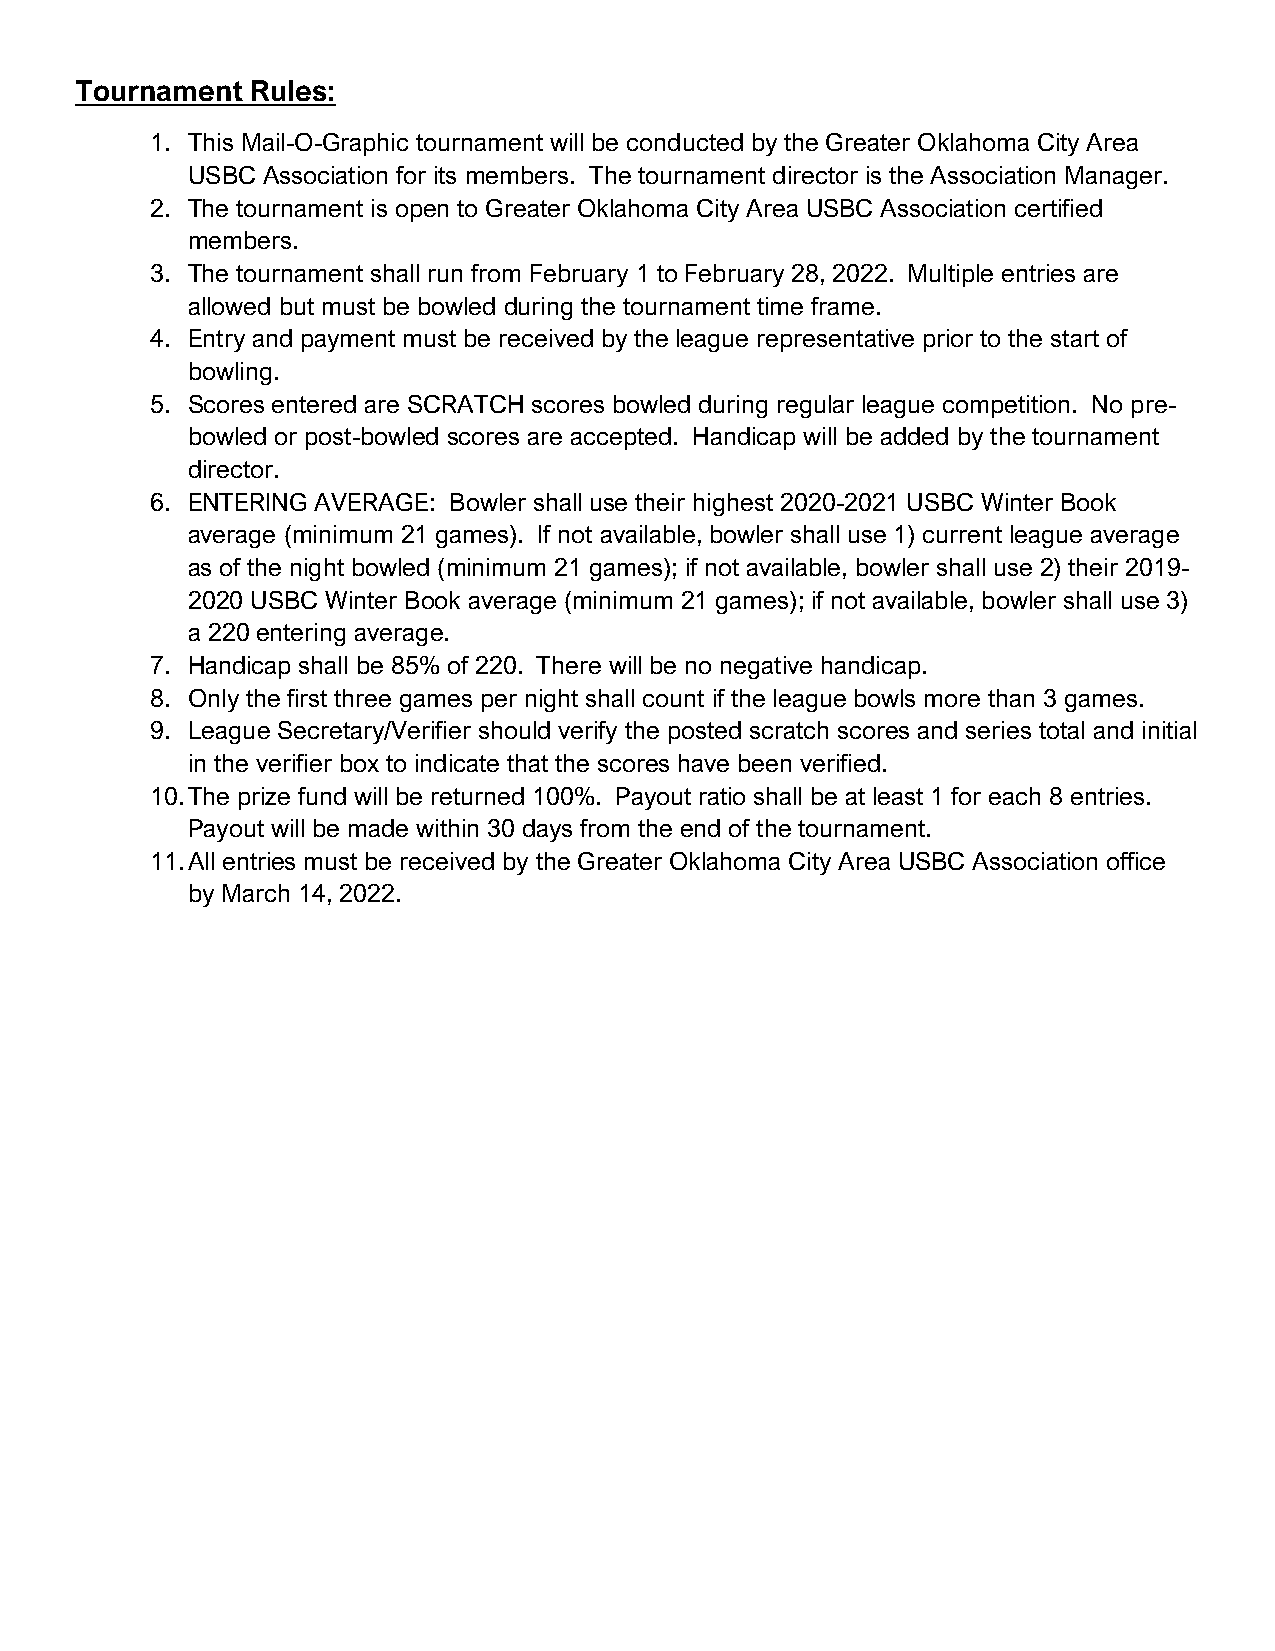
Tournament  Rules:
 1. This Mail-O-Graphic tournament will be conducted by the Greater Oklahoma City Area
 USBC Association for its members. The tournament director is the Association Manager.
 2. The tournament is open to Greater Oklahoma City Area USBC Association certified
 members.
 3. The tournament shall run from February 1 to February 28, 2022. Multiple entries are
 allowed but must be bowled during the tournament time frame.
 4. Entry and payment must be received by the league representative prior to the start of
 bowling.
 5. Scores entered are SCRATCH scores bowled during regular league competition. No pre-
 bowled or post-bowled scores are accepted. Handicap will be added by the tournament
 director.
 6. ENTERING AVERAGE: Bowler shall use their highest 2020-2021 USBC Winter Book
 average (minimum 21 games). If not available, bowler shall use 1) current league average
 as of the night bowled (minimum 21 games); if not available, bowler shall use 2) their 2019-
 2020 USBC Winter Book average (minimum 21 games); if not available, bowler shall use 3)
 a 220 entering average.
 7. Handicap shall be 85% of 220. There will be no negative handicap.
 8. Only the first three games per night shall count if the league bowls more than 3 games.
 9. League Secretary/Verifier should verify the posted scratch scores and series total and initial
 in the verifier box to indicate that the scores have been verified.
 10. The prize fund will be returned 100%. Payout ratio shall be at least 1 for each 8 entries.
 Payout will be made within 30 days from the end of the tournament.
 11. All entries must be received by the Greater Oklahoma City Area USBC Association office
 by March 14, 2022.